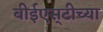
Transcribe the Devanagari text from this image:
बीईएस्‌टीच्या